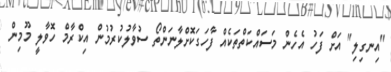
"އިނގިލި" އަށް ފަހު އެހެން މަސައްކަތްތަކެއް ފާހަގަކޮށްލާނަންތޯ ސުވާލުކުރުމުން އިކްރާމް ހޮވާލީ މޫމިން